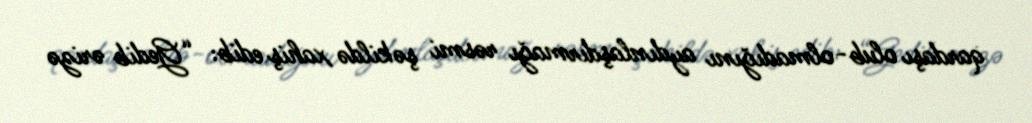
qardaşı olub-olmadığını aydınlaşdırmağı rəsmi şəkildə xahiş edib: “Gedib ərizə